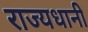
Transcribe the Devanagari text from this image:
राज्यधानी